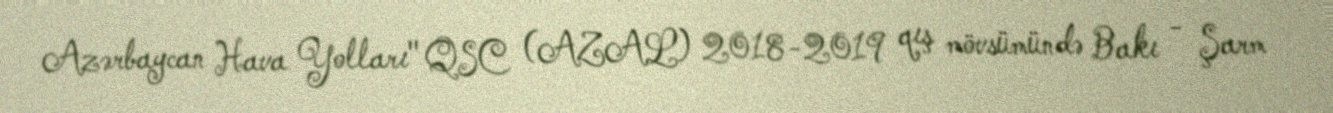
Azərbaycan Hava Yolları" QSC (AZAL) 2018-2019 qış mövsümündə Bakı - Şarm